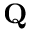
\mathbf { Q }